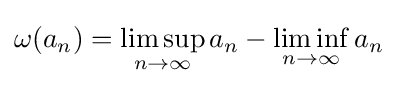
\omega (a_{n})=\limsup _{n\to \infty }a_{n}-\liminf _{n\to \infty }a_{n}